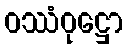
ဝဿံဝုဋ္ဌော